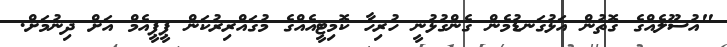
"އުސޫލެއްގެ ގޮތުން އަޅުގަނޑުމެން ގެންގުޅުނީ ހުރިހާ ކޮމިޓީއެއްގެ މުގައްރިރުކަން ޕީޕީއެމް އަށް ދިނުމަށް.